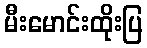
မီးမောင်းထိုးပြ